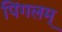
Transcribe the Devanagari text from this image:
पिंगलम्